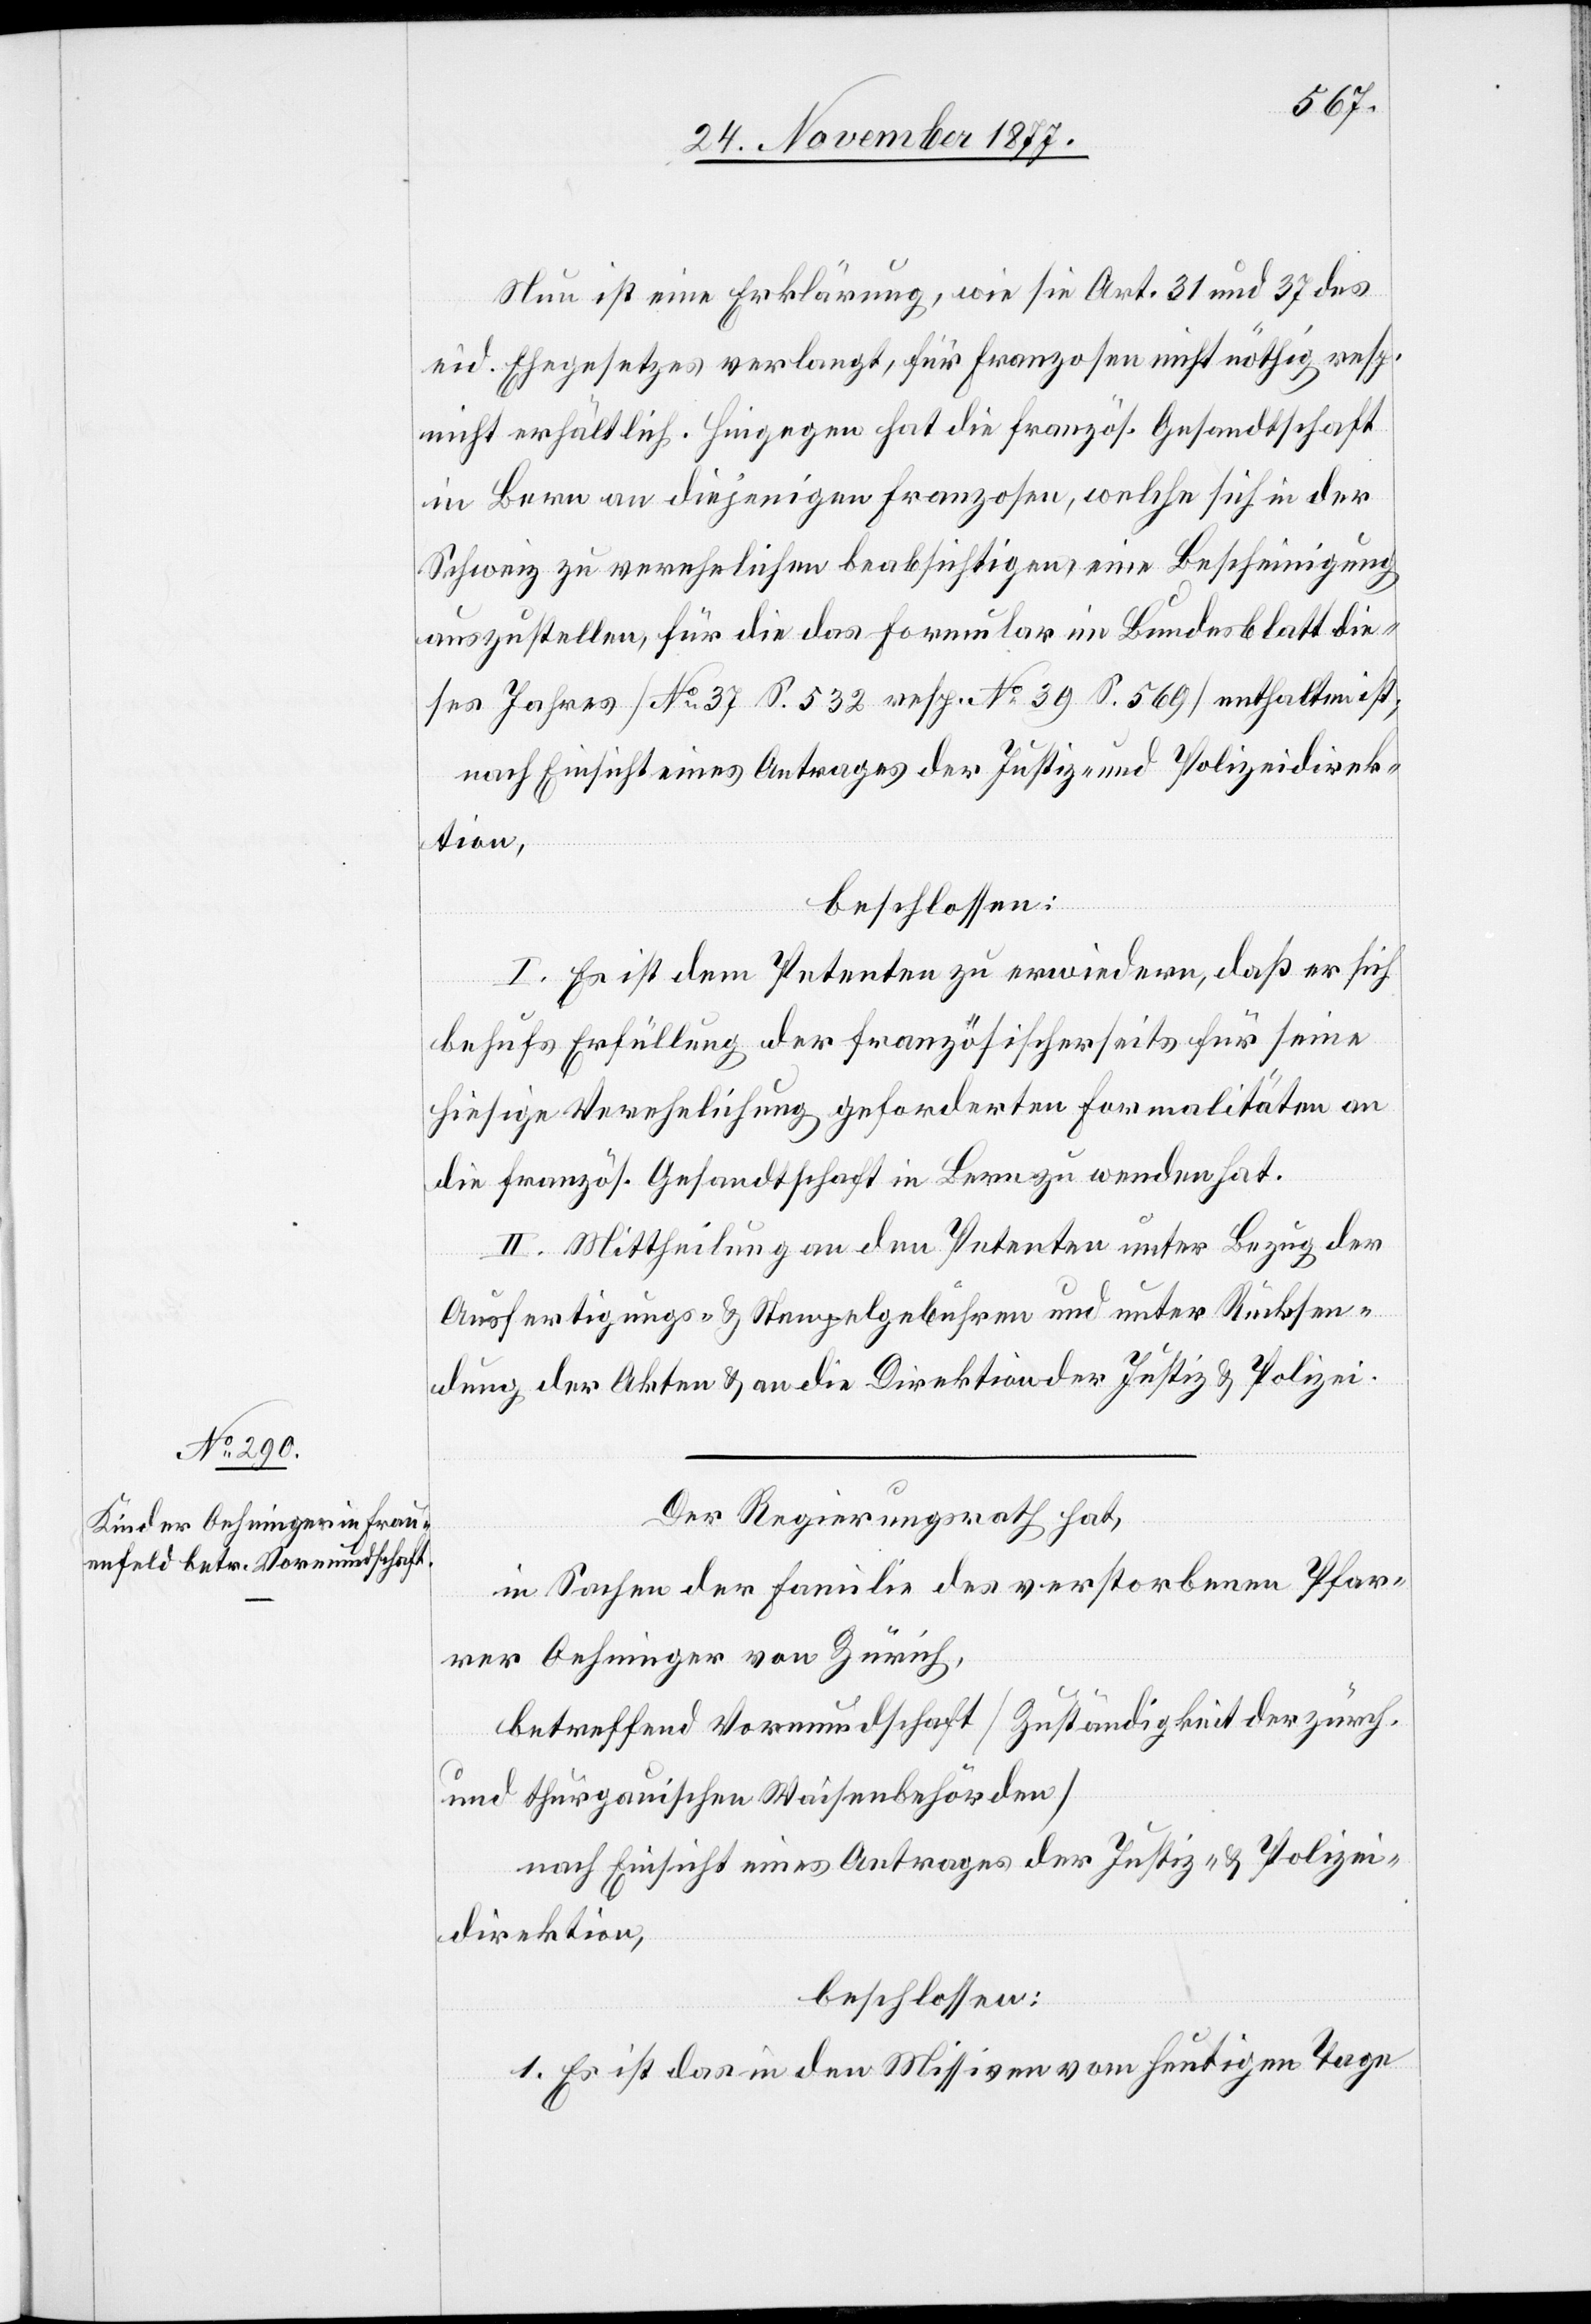
Nun ist eine Erklärung, wie sie Art. 31 und 37 des
eid. Ehegesetzes verlangt, für Franzosen nicht nöthig resp.
nicht erhältlich. Hingegen hat die französ. Gesandtschaft
in Bern an diejenigen Franzosen, welche sich in der
Schweiz zu verehelichen beabsichtigen, eine Bescheinigung
auszustellen, für die das Formular im Bundesblatt die¬
ses Jahres [No 37 S. 532 resp. No 39 S. 569] enthalten ist;
nach Einsicht eines Antrages der Justiz- und Polizeidirek¬
tion,
beschlossen.
I. Es ist dem Petenten zu erwiedern, daß er sich
behufs Erfüllung der französischerseits für seine
hiesige Verehelichung geforderten Formalitäten an
die französ. Gesandtschaft in Bern zu wenden hat.
II. Mittheilung an den Petenten unter Bezug der
Ausfertigungs- & Stempelgebühren und unter Rücksen¬
dung der Akten & an die Direktion der Justiz & Polizei.
Der Regierungsrath hat,
in Sachen der Familie des verstorbenen Pfar¬
rer Oehninger von Zürich,
betreffend Vormundschaft [Zuständigkeit der zürch.
und thurgauischen Waisenbehörden]
nach Einsicht eines Antrages der Justiz- / Polizei¬
direktion,
beschlossen:
1. Es ist das in den Missiven vom heutigen Tage